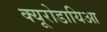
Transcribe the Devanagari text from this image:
क्यूरोडायिआ